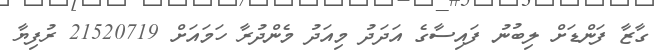
ގާޒާ ފަންޑަށް ލިބުނު ފައިސާގެ އަދަދު މިއަދު މެންދުރާ ހަމައަށް 21520719 ރުފިޔާ